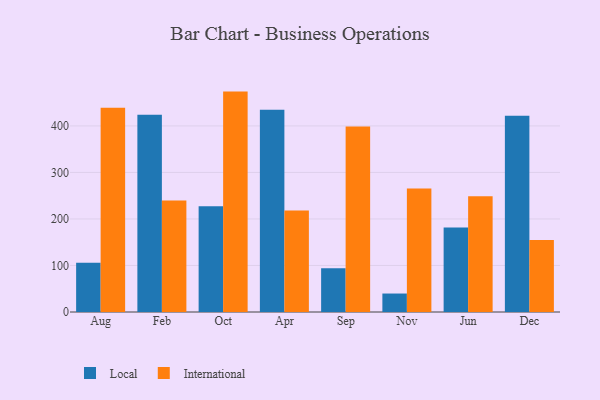
{"axis": {"x": "Month", "y": "Operating Costs (USD K)"}, "legend": ["International", "Local"], "data": [{"x": "Aug", "y": 105.9, "type": "Local"}, {"x": "Aug", "y": 439.2, "type": "International"}, {"x": "Feb", "y": 423.9, "type": "Local"}, {"x": "Feb", "y": 239.9, "type": "International"}, {"x": "Oct", "y": 227.2, "type": "Local"}, {"x": "Oct", "y": 473.8, "type": "International"}, {"x": "Apr", "y": 435.0, "type": "Local"}, {"x": "Apr", "y": 218.3, "type": "International"}, {"x": "Sep", "y": 94.2, "type": "Local"}, {"x": "Sep", "y": 398.9, "type": "International"}, {"x": "Nov", "y": 39.7, "type": "Local"}, {"x": "Nov", "y": 265.5, "type": "International"}, {"x": "Jun", "y": 181.5, "type": "Local"}, {"x": "Jun", "y": 248.7, "type": "International"}, {"x": "Dec", "y": 422.0, "type": "Local"}, {"x": "Dec", "y": 154.6, "type": "International"}]}